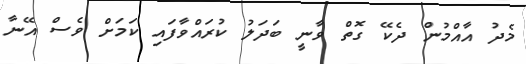
މެދު އާއްމުން ދެކޭ ގޮތް ވާނީ ބަދަލު ކުރައްވާފައި ކަމަށް ވެސް އޭނާ